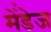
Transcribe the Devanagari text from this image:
मेंडे़ज